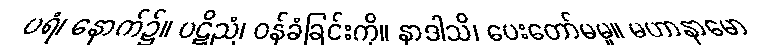
ပရံ၊ နောက်၌။ ပဋိညံ၊ ဝန်ခံခြင်းကို။ နာဒါသိ၊ ပေးတော်မမူ။ မဟာနာမော